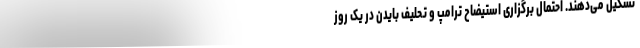
تشکیل می‌دهند. احتمال برگزاری استیضاح ترامپ و تحلیف بایدن در یک روز